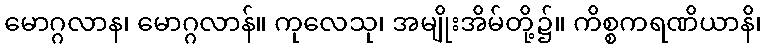
မောဂ္ဂလာန၊ မောဂ္ဂလာန်။ ကုလေသု၊ အမျိုးအိမ်တို့၌။ ကိစ္စကရဏိယာနိ၊